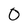
Character: 0